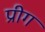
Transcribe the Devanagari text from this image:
प्रीग